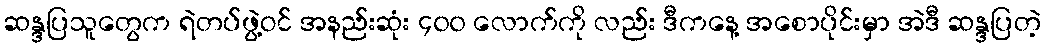
ဆန္ဒပြသူတွေက ရဲတပ်ဖွဲ့ဝင် အနည်းဆုံး ၄၀၀ လောက်ကို လည်း ဒီကနေ့ အစောပိုင်းမှာ အဲဒီ ဆန္ဒပြတဲ့